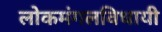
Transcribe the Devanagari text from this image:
लोकमंगलविधायी